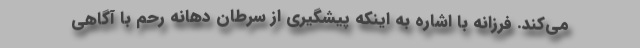
می‌کند. فرزانه با اشاره به اینکه پیشگیری از سرطان دهانه رحم با آگاهی